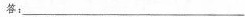
答：___